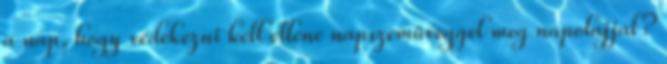
a nap, hogy védekezni kell ellene napszemüveggel meg napolajjal?